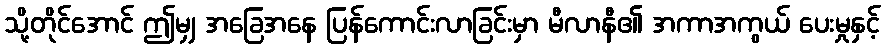
သို့တိုင်အောင် ဤမျှ အခြေအနေ ပြန်ကောင်းလာခြင်းမှာ မီလာနီ၏ အကာအကွယ် ပေးမှုနှင့်